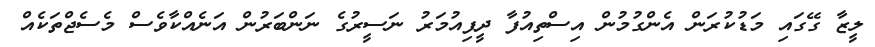
ލީޒާ ގޭގައި މަޑުކުރަން އެންގުމުން އިސްތިއުފާ ދީފިއުމަރު ނަސީރުގެ ނަންބަރުން އަނެއްކާވެސް މެސެޖްތަކެއް